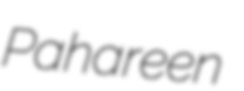
Pahareen